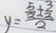
y = \frac { \frac { 5 } { 3 } \pm \frac { 3 } { 2 } } { 2 }